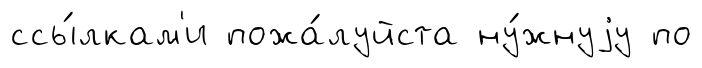
ссы́лкам'и пожа́луйста ну́жнуjу по